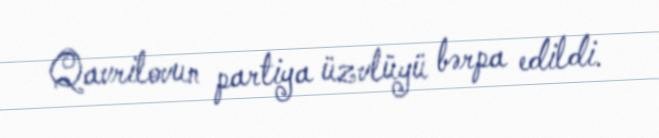
Qavrilovun partiya üzvlüyü bərpa edildi.